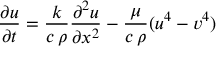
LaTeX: { \frac { \partial u } { \partial t } } = { \frac { k } { c \, \rho } } { \frac { \partial ^ { 2 } u } { \partial x ^ { 2 } } } - { \frac { \mu } { c \, \rho } } ( u ^ { 4 } - v ^ { 4 } )